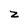
Character: z